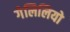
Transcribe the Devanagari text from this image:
गेलिलियो